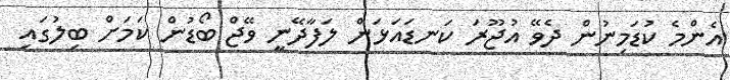
އެންމެ ކުޑަމިނުން ދެވޭ އުޖޫރަ ކަނޑައަޅަން ލަފާދޭނީ ވޭޖް ބޯޑުން ކަމަށް ބިލުގައި